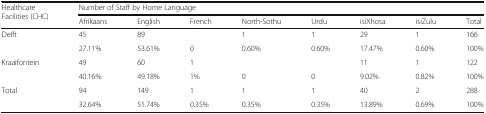
| <ROWSPAN=2> Healthcare Facilities (CHC) | <COLSPAN=8> Number of Staff by Home Language |
 | Afrikaans | English | French | North-Sothu | Urdu | isiXhosa | isiZulu | Total |
 | --- | --- | --- | --- | --- | --- | --- | --- | --- |
 | <ROWSPAN=2> Delft | 45 | 89 |  | 1 | 1 | 29 | 1 | 166 |
 | 27.11% | 53.61% | 0 | 0.60% | 0.60% | 17.47% | 0.60% | 100% |
 | <ROWSPAN=2> Kraaifontein | 49 | 60 | 1 |  |  | 11 | 1 | 122 |
 | 40.16% | 49.18% | 1% | 0 | 0 | 9.02% | 0.82% | 100% |
 | <ROWSPAN=2> Total | 94 | 149 | 1 | 1 | 1 | 40 | 2 | 288 |
 | 32.64% | 51.74% | 0.35% | 0.35% | 0.35% | 13.89% | 0.69% | 100% |